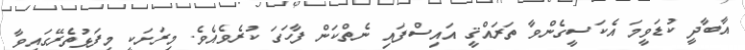
އާބާދީ ކުޑަވީމަ އެކަސީގެންވާ ތަރައްޤީ އައިސްފައި ނެތްކަން ފާހަގަ ކުރެވެއެވެ. މިރަށަކީ މިފަޅުތެރޭގައިވާ